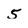
Character: 5